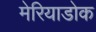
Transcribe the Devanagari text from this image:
मेरियाडोक